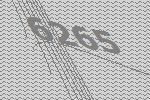
6265